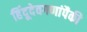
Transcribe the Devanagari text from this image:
हिंदूदेवगणांपैकी